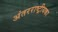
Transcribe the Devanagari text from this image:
अंतरराष्ट्रीयका